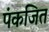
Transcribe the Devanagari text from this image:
पंकजित